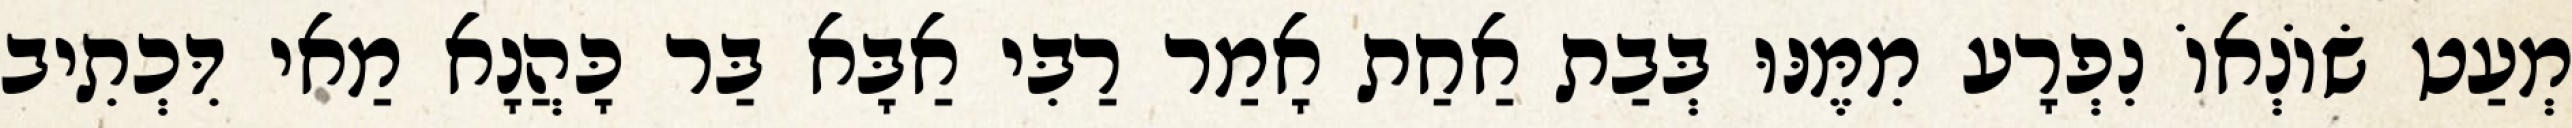
מְעַט שׂוֹנְאוֹ נִפְרָע מִמֶּנּוּ בְּבַת אַחַת אָמַר רַבִּי אַבָּא בַּר כָּהֲנָא מַאי דִּכְתִיב